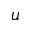
\boldsymbol { u }